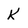
Character: K